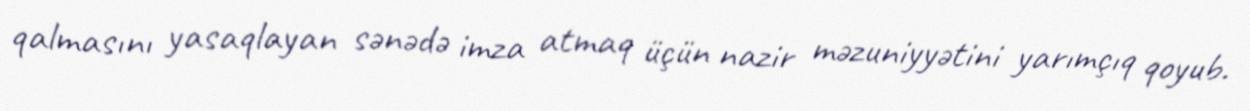
qalmasını yasaqlayan sənədə imza atmaq üçün nazir məzuniyyətini yarımçıq qoyub.